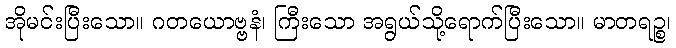
အိုမင်းပြီးသော။ ဂတယောဗ္ဗနံ၊ ကြီးသော အရွယ်သို့ရောက်ပြီးသော။ မာတရဉ္စ၊